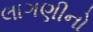
લાગણીનો